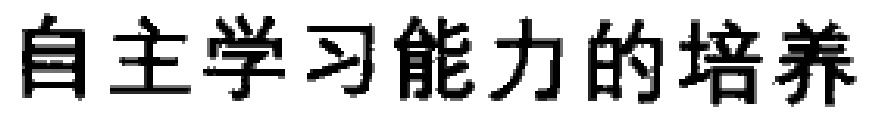
自主学习能力的培养